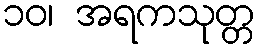
၁၀၊ အရကသုတ္တ